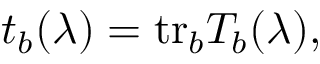
t _ { b } ( \lambda ) = \mathrm { t r } _ { b } T _ { b } ( \lambda ) ,